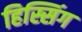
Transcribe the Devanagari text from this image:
हिस्सिंग